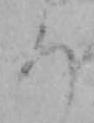
ち